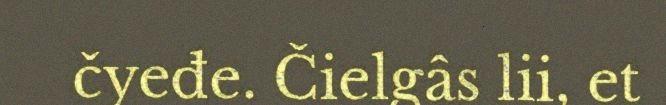
čyeđe. Čielgâs lii, et